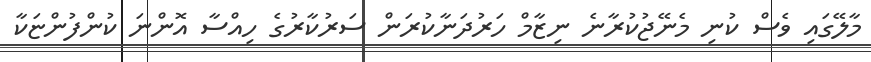
މާލޭގައި ވެސް ކުނި މެނޭޖުކުރާނެ ނިޒާމް ހަރުދަނާކުރަން ސަރުކާރުގެ ހިއްސާ އޮންނަ ކުންފުންޏަކާ